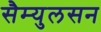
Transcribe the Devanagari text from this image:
सैम्युलसन